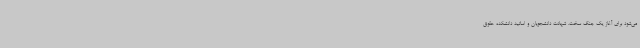
می‌شود برای آغاز یک جنگ سخت. شهادت دانشجویان و اساتید دانشکده حقوق